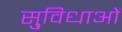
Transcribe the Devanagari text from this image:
सु्विधाओं